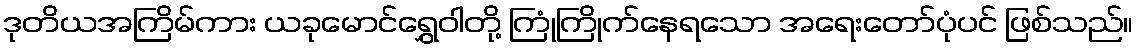
ဒုတိယအကြိမ်ကား ယခုမောင်ရွှေဝါတို့ ကြုံကြိုက်နေရသော အရေးတော်ပုံပင် ဖြစ်သည်။